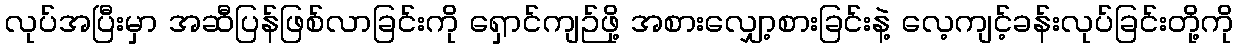
လုပ်အပြီးမှာ အဆီပြန်ဖြစ်လာခြင်းကို ရှောင်ကျဉ်ဖို့ အစားလျှော့စားခြင်းနဲ့ လေ့ကျင့်ခန်းလုပ်ခြင်းတို့ကို